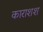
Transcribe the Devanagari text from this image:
काराशश